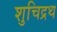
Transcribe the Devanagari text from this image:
शुचिद्रथ